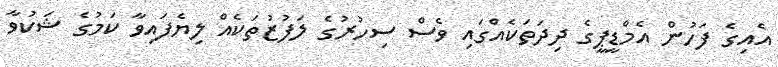
އެއިގެ ފަހުން އެމްޑީޕީގެ ދިދަތަކެއްގައި ވެސް ސިހުރުގެ ލަފުޒުތަކެއް ލިޔެފައިވާ ކަމުގެ ޝަކުވާ